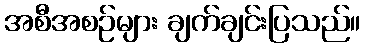
အစီအစဉ်များ ချက်ချင်းပြသည်။